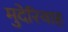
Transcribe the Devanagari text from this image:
मुदेरियाह